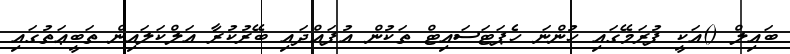
ބައިލް ()އަކީ ފުރަމޭގައި ހުންނަ ހެޕަޓަސައިޓް ތަކުން އުފައްދައި ބޭރުކުރާ އަލްކަލައިން ތަބީޢަތުގައި